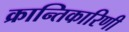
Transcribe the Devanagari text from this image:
क्रान्तिकारिणी